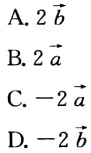
A. \(2\vec{b}\)

B. \(2\vec{a}\)

C. \(-2\vec{a}\)

D. \(-2\vec{b}\)